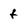
Character: f